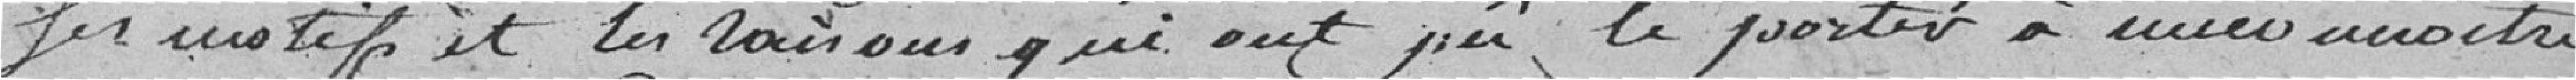
les motifs et les raisons qui ont pu le porter à méconnaître